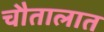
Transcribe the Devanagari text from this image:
चौतालात